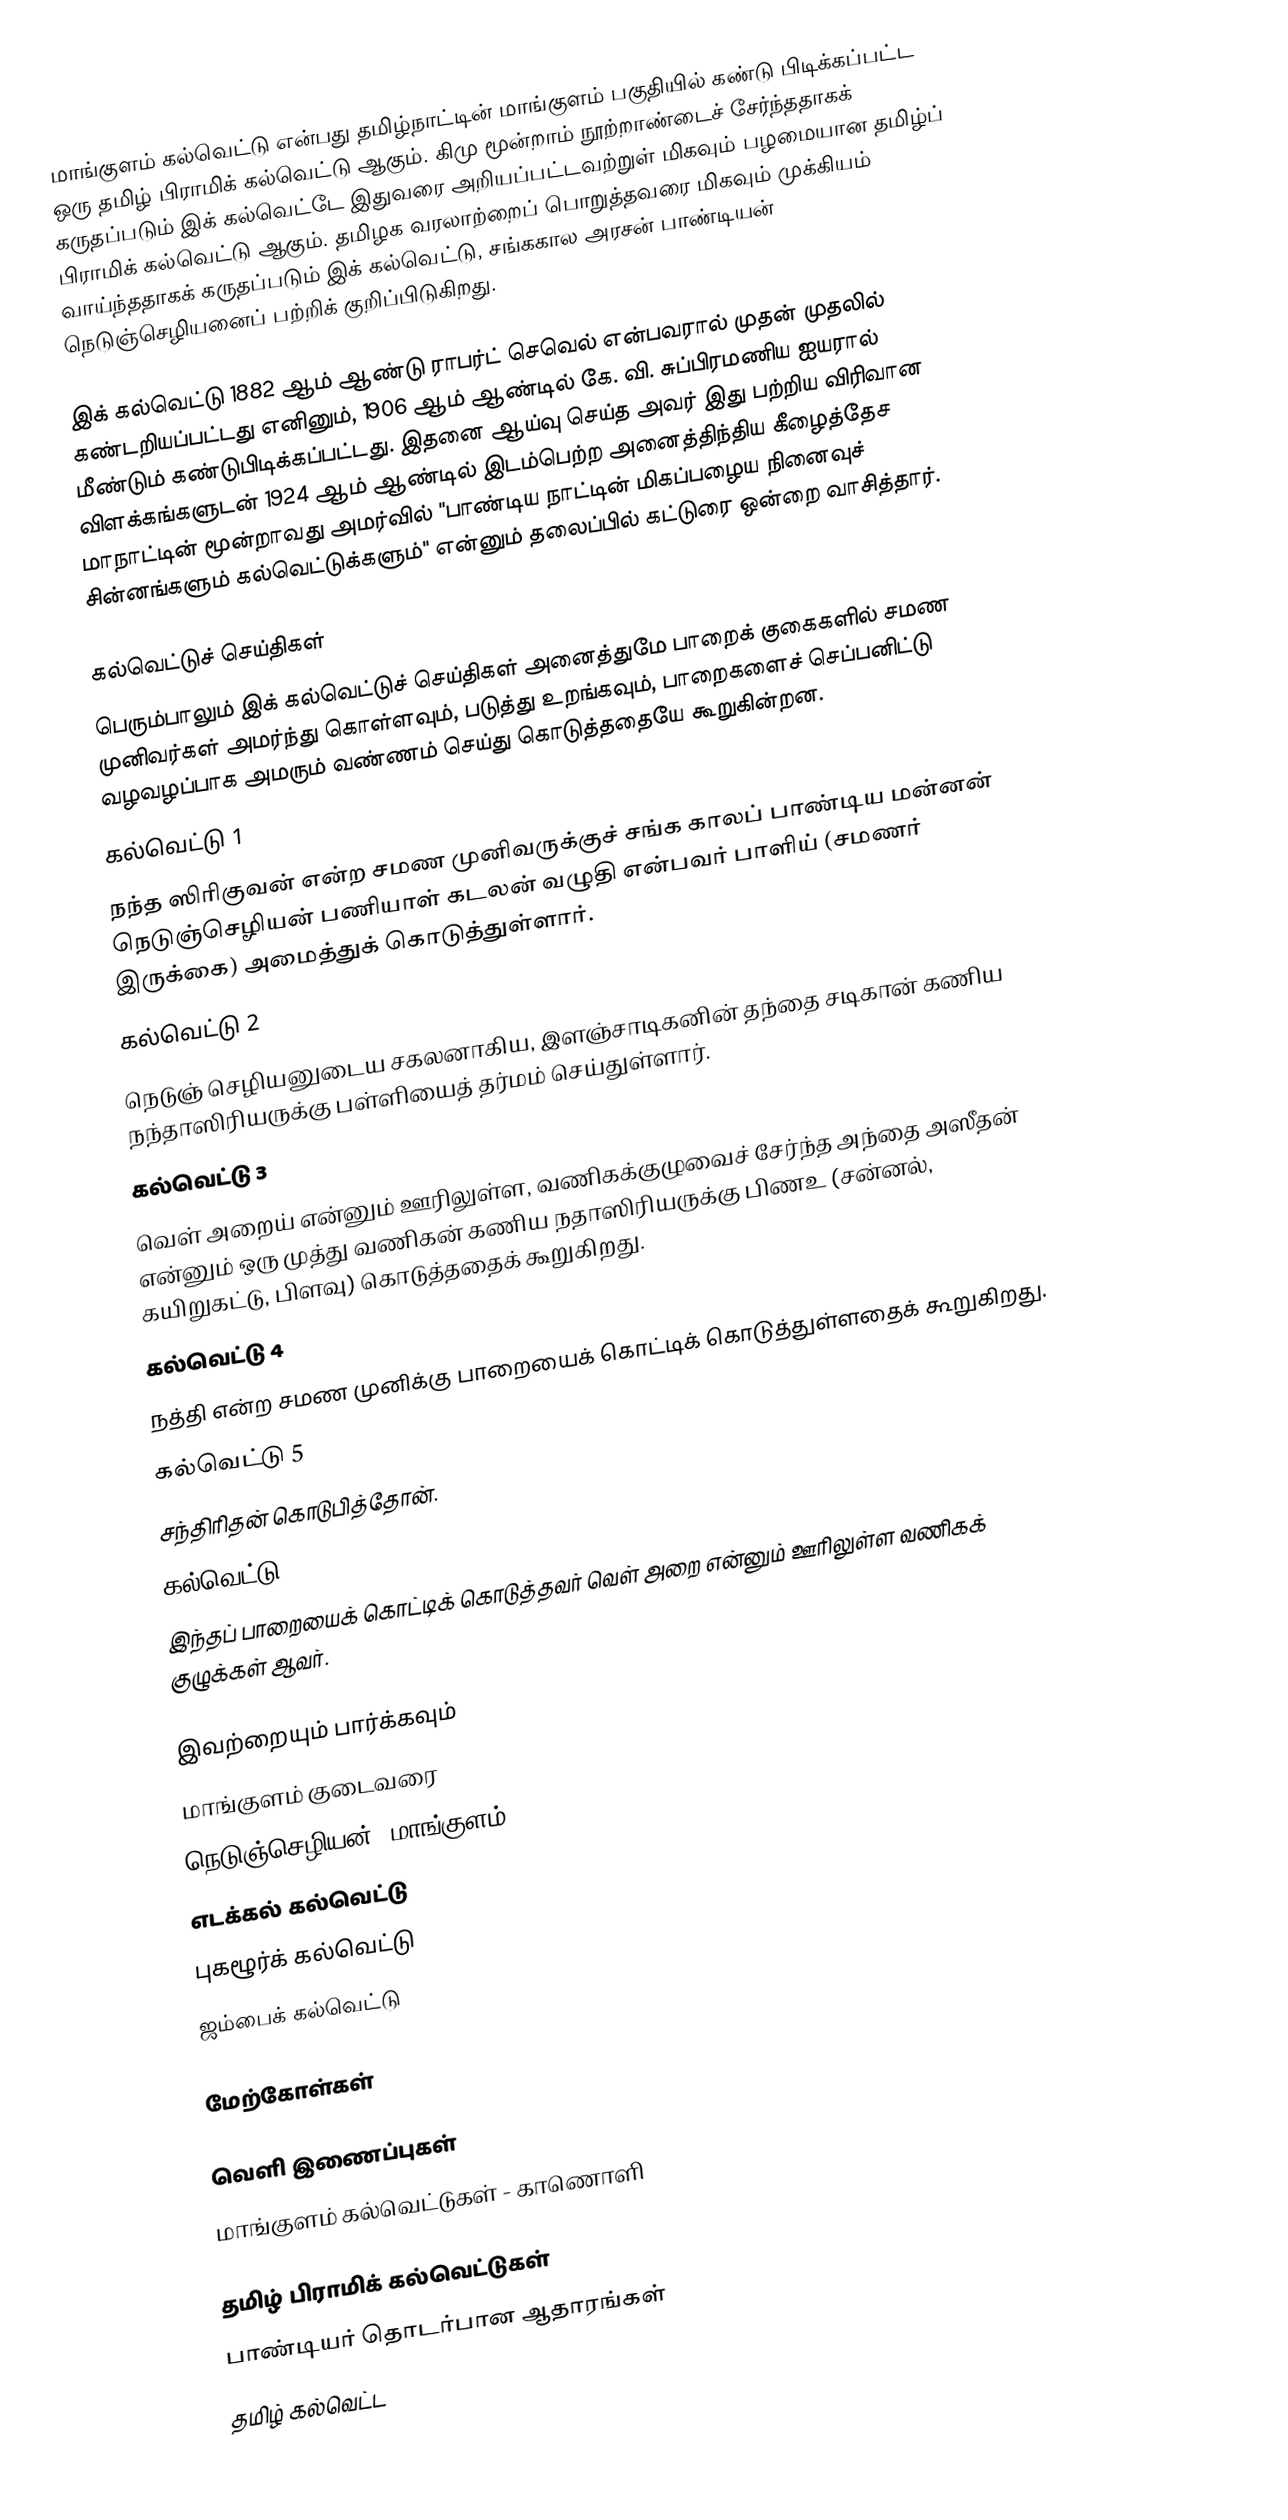
மாங்குளம் கல்வெட்டு என்பது தமிழ்நாட்டின் மாங்குளம் பகுதியில் கண்டு பிடிக்கப்பட்ட ஒரு தமிழ் பிராமிக் கல்வெட்டு ஆகும். கிமு மூன்றாம் நூற்றாண்டைச் சேர்ந்ததாகக் கருதப்படும் இக் கல்வெட்டே இதுவரை அறியப்பட்டவற்றுள் மிகவும் பழமையான தமிழ்ப் பிராமிக் கல்வெட்டு ஆகும். தமிழக வரலாற்றைப் பொறுத்தவரை மிகவும் முக்கியம் வாய்ந்ததாகக் கருதப்படும் இக் கல்வெட்டு, சங்ககால அரசன் பாண்டியன் நெடுஞ்செழியனைப் பற்றிக் குறிப்பிடுகிறது.

இக் கல்வெட்டு 1882 ஆம் ஆண்டு ராபர்ட் செவெல் என்பவரால் முதன் முதலில் கண்டறியப்பட்டது எனினும், 1906 ஆம் ஆண்டில் கே. வி. சுப்பிரமணிய ஐயரால் மீண்டும் கண்டுபிடிக்கப்பட்டது. இதனை ஆய்வு செய்த அவர் இது பற்றிய விரிவான விளக்கங்களுடன் 1924 ஆம் ஆண்டில் இடம்பெற்ற அனைத்திந்திய கீழைத்தேச மாநாட்டின் மூன்றாவது அமர்வில் "பாண்டிய நாட்டின் மிகப்பழைய நினைவுச் சின்னங்களும் கல்வெட்டுக்களும்" என்னும் தலைப்பில் கட்டுரை ஒன்றை வாசித்தார்.

கல்வெட்டுச் செய்திகள்
பெரும்பாலும் இக் கல்வெட்டுச் செய்திகள் அனைத்துமே பாறைக் குகைகளில் சமண முனிவர்கள் அமர்ந்து கொள்ளவும், படுத்து உறங்கவும், பாறைகளைச் செப்பனிட்டு வழவழப்பாக அமரும் வண்ணம் செய்து கொடுத்ததையே கூறுகின்றன.
 கல்வெட்டு 1
நந்த ஸிரிகுவன் என்ற சமண முனிவருக்குச் சங்க காலப் பாண்டிய மன்னன் நெடுஞ்செழியன் பணியாள் கடலன் வழுதி என்பவர் பாளிய் (சமணர் இருக்கை) அமைத்துக் கொடுத்துள்ளார்.
 கல்வெட்டு 2
நெடுஞ் செழியனுடைய சகலனாகிய, இளஞ்சாடிகனின் தந்தை சடிகான் கணிய நந்தாஸிரியருக்கு பள்ளியைத் தர்மம் செய்துள்ளார்.
 கல்வெட்டு 3
வெள் அறைய் என்னும் ஊரிலுள்ள, வணிகக்குழுவைச் சேர்ந்த அந்தை அஸீதன் என்னும் ஒரு முத்து வணிகன் கணிய நதாஸிரியருக்கு பிணஉ (சன்னல், கயிறுகட்டு, பிளவு) கொடுத்ததைக் கூறுகிறது.
 கல்வெட்டு 4
நத்தி என்ற சமண முனிக்கு பாறையைக் கொட்டிக் கொடுத்துள்ளதைக் கூறுகிறது.
 கல்வெட்டு 5
சந்திரிதன் கொடுபித்தோன்.
 கல்வெட்டு 6
இந்தப் பாறையைக் கொட்டிக் கொடுத்தவர் வெள் அறை என்னும் ஊரிலுள்ள வணிகக் குழுக்கள் ஆவர்.

இவற்றையும் பார்க்கவும்
 மாங்குளம் குடைவரை
 நெடுஞ்செழியன் (மாங்குளம்)
 எடக்கல் கல்வெட்டு
 புகழூர்க் கல்வெட்டு
 ஜம்பைக் கல்வெட்டு

மேற்கோள்கள்

வெளி இணைப்புகள்
 மாங்குளம் கல்வெட்டுகள் -  காணொளி

தமிழ் பிராமிக் கல்வெட்டுகள்
பாண்டியர் தொடர்பான ஆதாரங்கள்
தமிழ் கல்வெட்ட